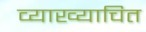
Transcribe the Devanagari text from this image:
व्याख्याचित